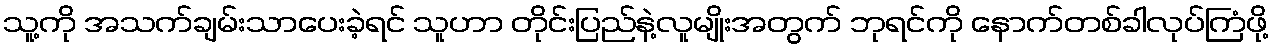
သူ့ကို အသက်ချမ်းသာပေးခဲ့ရင် သူဟာ တိုင်းပြည်နဲ့လူမျိုးအတွက် ဘုရင်ကို နောက်တစ်ခါလုပ်ကြံဖို့